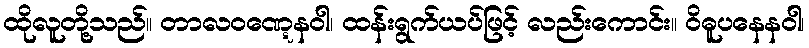
ထိုလူတို့သည်။ တာလဝဏ္ဋေနဝါ၊ ထန်းရွက်ယပ်ဖြင့် လည်းကောင်း။ ဝိဓူပနေနဝါ၊